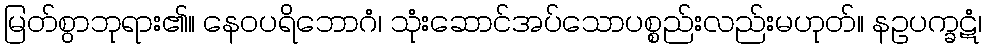
မြတ်စွာဘုရား၏။ နေဝပရိဘောဂံ၊ သုံးဆောင်အပ်သောပစ္စည်းလည်းမဟုတ်။ နဥပက္ခဋံ၊